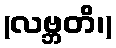
(လဗ္ဘတိ၊)